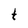
Character: t